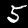
Label: 5